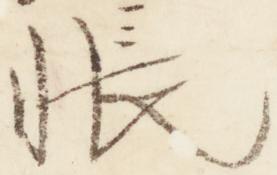
帳